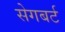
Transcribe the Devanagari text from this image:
सेगबर्ट